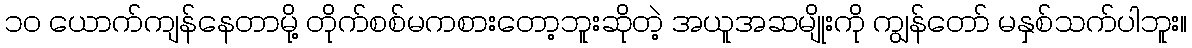
၁၀ ယောက်ကျန်နေတာမို့ တိုက်စစ်မကစားတော့ဘူးဆိုတဲ့ အယူအဆမျိုးကို ကျွန်တော် မနှစ်သက်ပါဘူး။